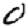
Digit: 0